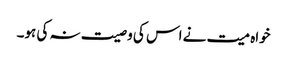
خواہ میت نے اس کی وصیت نہ کی ہو۔